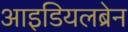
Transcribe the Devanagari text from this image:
आइडियलब्रेन